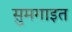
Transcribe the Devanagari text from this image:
सुमगाइत